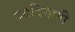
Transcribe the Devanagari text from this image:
बददिमागी